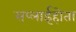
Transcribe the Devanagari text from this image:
सप्लाईहोता